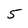
Character: 5